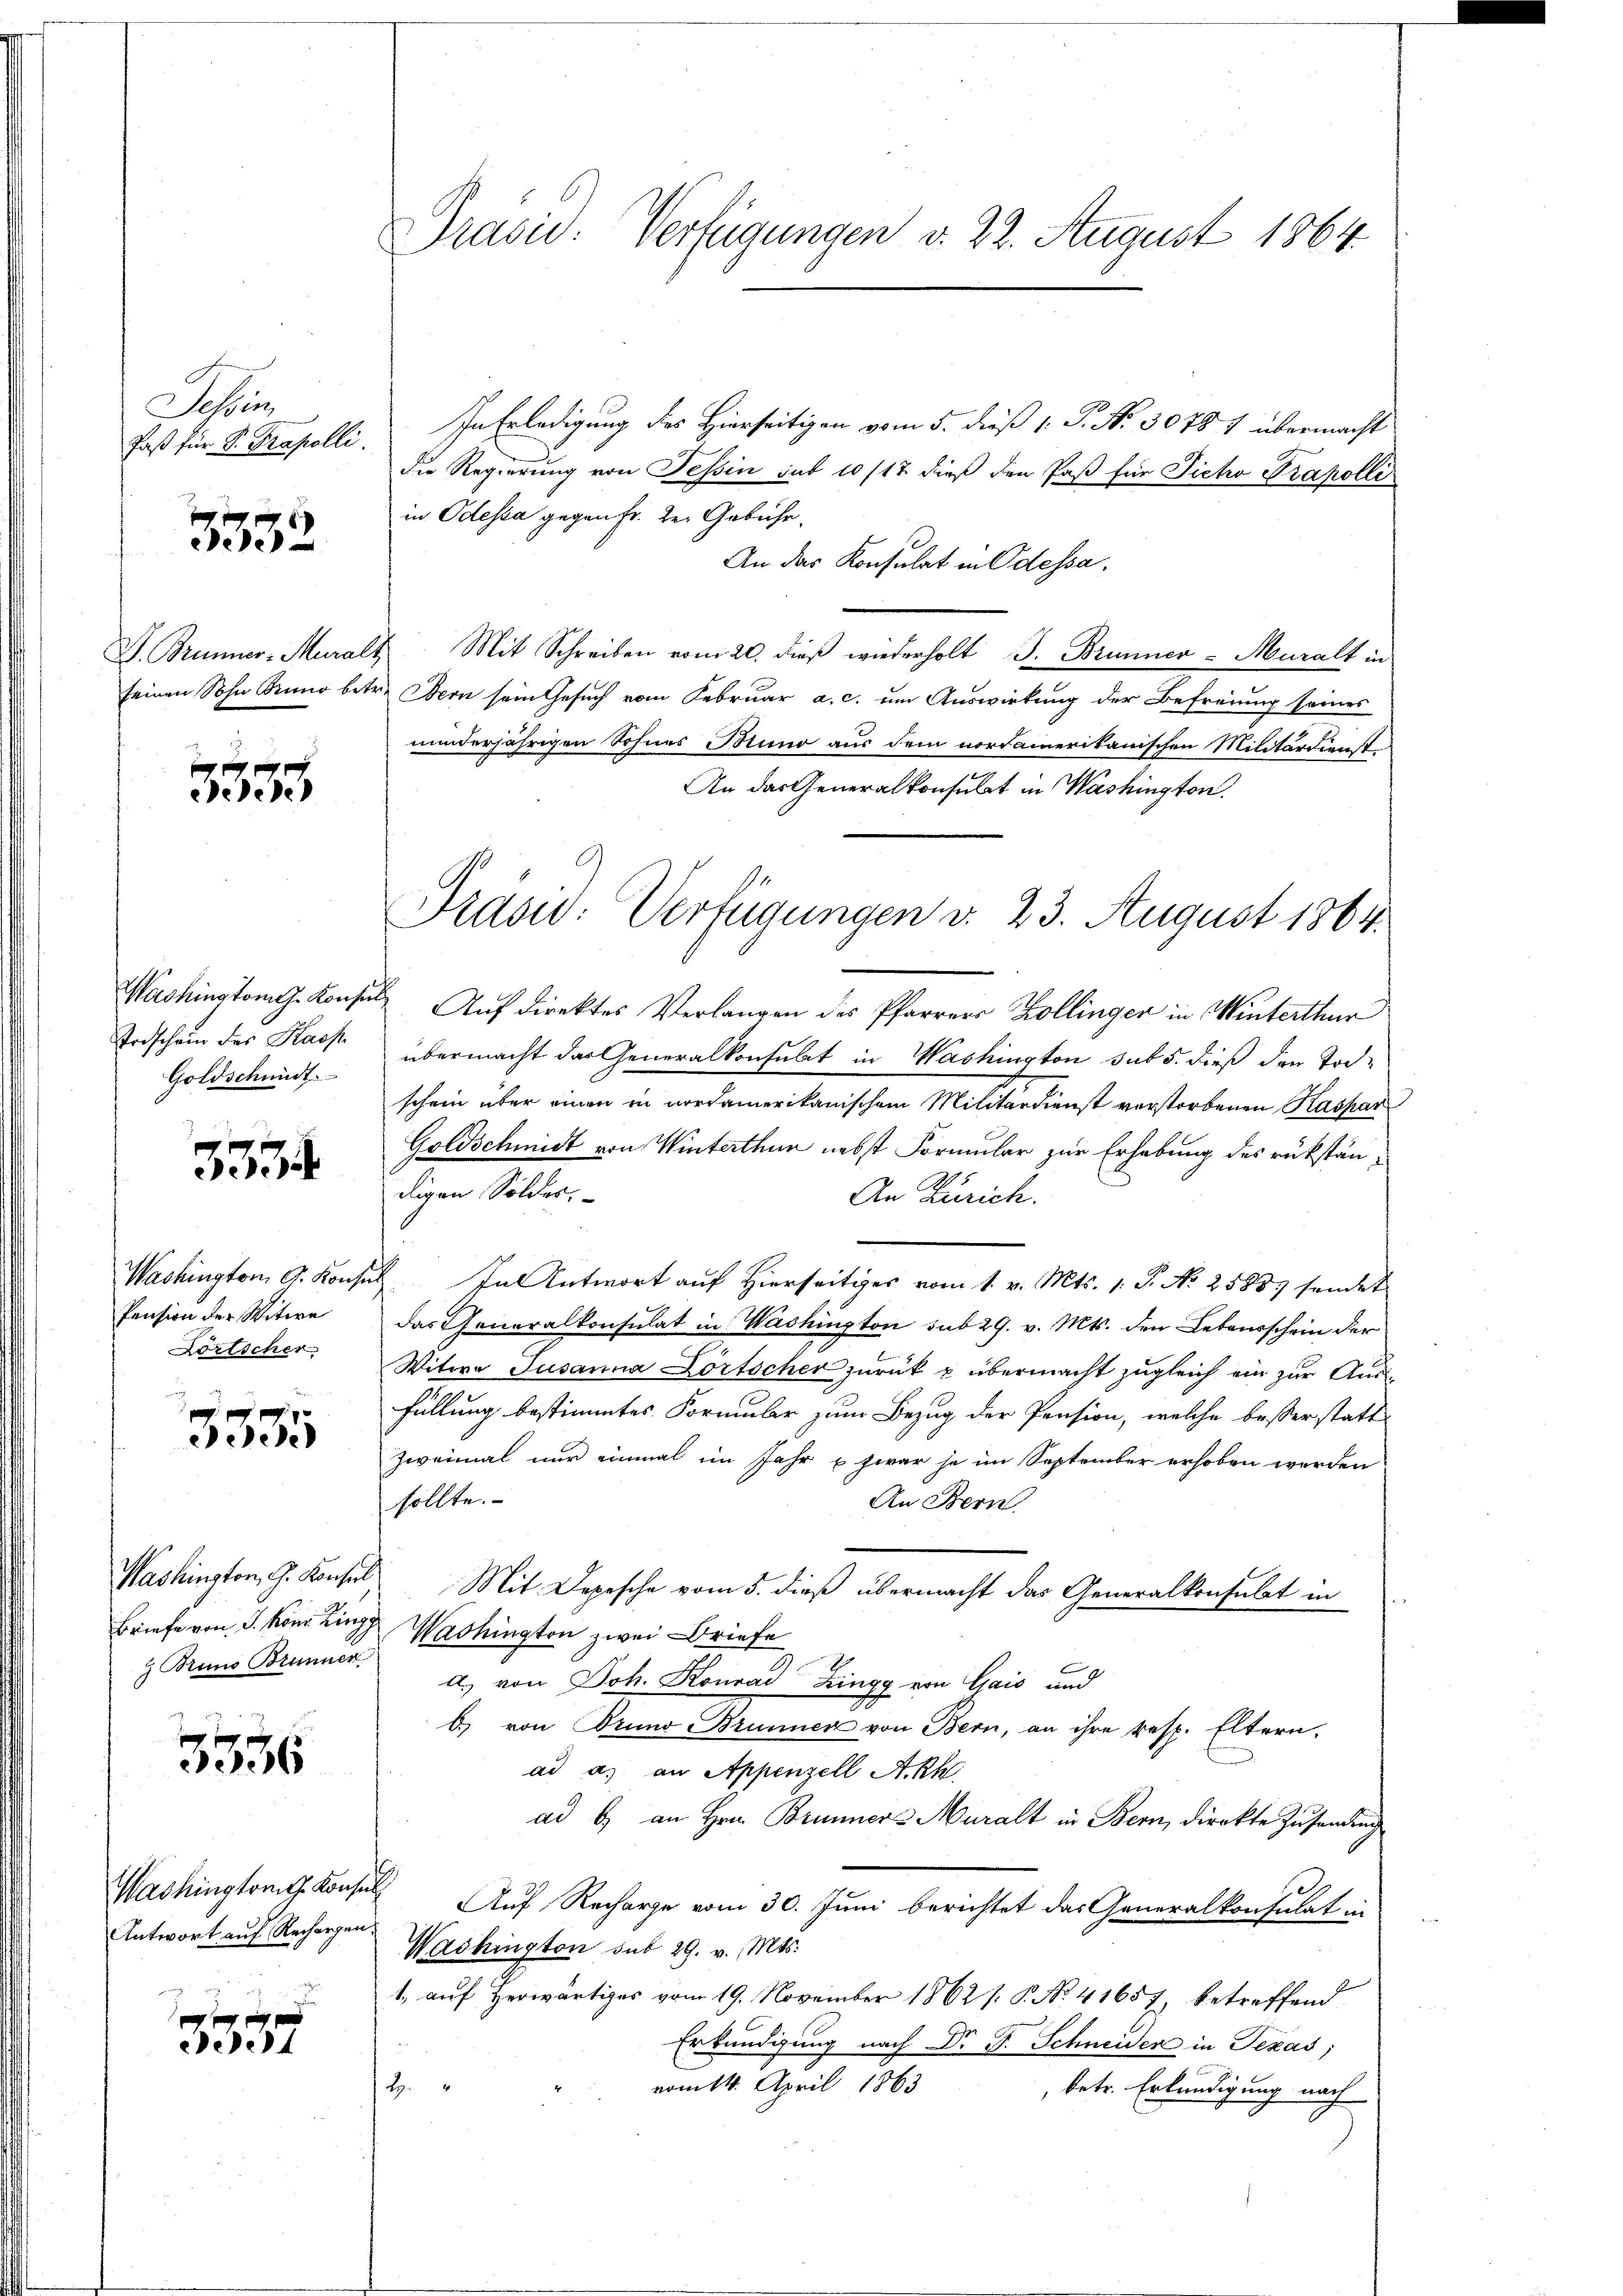
Schlu
Faß für Sr. Propolli.

3352

seinen Sohn Sinne bit

5335

Todschein des Kasp.
Goldschmidt.

33

Washington G. Konsu
Pension der Witwe
Dörlicher

e
1535

Washington, G. Konsul
Briefe von J. Koni Zingg
 Bruno Brunnen.

3336

Washington Konsen
Antwort auf Rechargen.

3557

Prasid: Verfügungen d. 22. August 1864.

In Erledigung des Hierseitigen vom 5. dieß 1. P. No. 30787 übermacht
die Regierung von Tessin sub 10/12 dieß den Paß für Sicho Prakolli
in Odessa gegen Fr. Der Gebühr.
An das Konsulat in Odessa,
J. Brunner-Muralt. Mit Schreiben vom 20. dieβ wiederholt J. Brunner - Muralt in
tr. Bern sein Gesuch vom Februar a. c. um Auswirkung der Befreiung seines
minderjährigen Sohnes Bruno aus dem nordamerikanischen Militärdienst
An das Generalkonsulat in Washington.

Präsid.: Verfügungen d. 23. August 1864.

Washington Konsuls Auf direktes Verlangen des Pfarrers Zollinger in Winterthur
übermacht das Generalkonsulat in Washington sub 5. dieß den Toch-
schein über einen in nordamerikanischem Militärdienst verstorbenen Kaspar
Goldschmidt von Winterthur nebst Formular zur Erhebung des rükstän-
digen Soldes,
An Zürich.
u. In Antwort auf Hierseitiges vom 1. v. Mts. 1. P. No 25883 sondert
das Generalkonsulat in Washington sub 29. v. Mts. den Lebaurschein der
Witwe Susanna Dortscher zurück u übermacht zugleich ein zur Ausfüllung bestimmtes Formular zum Bezug der Pension, welche besserstatt
zweimal nur einmal im Jahr u. zwar je im September erhoben werden
sollte.
An Bern
c
Mit Depesche vom 5. dieß übermacht das Generalkonsulat in
.
Washington zwei Briefe
A.) von Joh. Konrad Zingg von Gais und
b) von Brund Brunner von Bern, an ihre resp. Eltern.
ad a. an Appenzell A.-Rh.
ad b) an Hrn. Brunner & Muralt in Bern, direkte Zusammlung
 Auf Recharge vom 30. Juni berichtet das Generalkonsulat in
Washington sub 29. v. Mts.
1. auf Herwärtiges vom 19. November 1862 s. P. No. 41657, betreffend
Erkundigung nach Dr P. Schneider in Texas;
vom 14. April 1863
H
 betr. Erkundigung nach